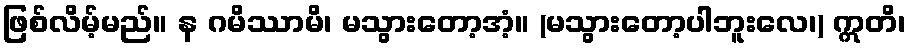
ဖြစ်လိမ့်မည်။ န ဂမိဿာမိ၊ မသွားတော့အံ့။ (မသွားတော့ပါဘူးလေ၊) ဣတိ၊